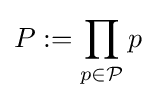
P:=\prod \limits _{p\in {\mathcal {P}}}p